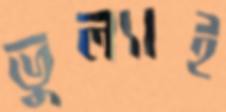
ভুল্যাই